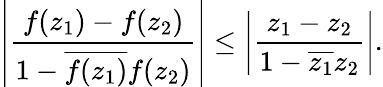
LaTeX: \left|{\frac{f(z_{1})-f(z_{2})}{1-{\overline{{f(z_{1})}}}f(z_{2})}}\right|\leq\left|{\frac{z_{1}-z_{2}}{1-{\overline{{z_{1}}}}z_{2}}}\right|.